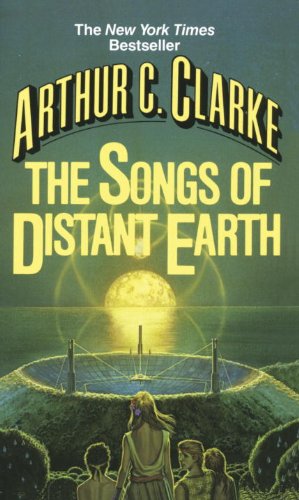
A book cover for The Songs of Distant Earth; Arthur C. Clarke; Science Fiction & Fantasy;